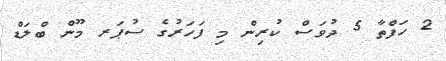
2 ހަފްތާ 5 ދުވަސް ކުރިން މި ފަހަރުގެ ސުޕަރ މޫން ބްލަޑް